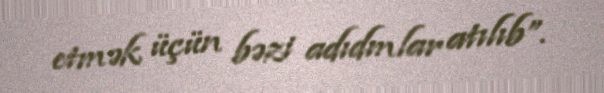
etmək üçün bəzi adıdmlar atılıb”.